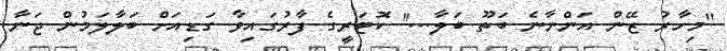
''މިހާރު ޒޭން އަންނާނެ ބަތޫ ބަލާ...'' ކޮޓަރީގެ ފާރުގައިވާ ގަޑިއަށް ބަލާލަމުން ޖަނާ